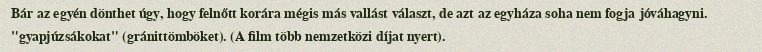
Bár az egyén dönthet úgy, hogy felnőtt korára mégis más vallást választ, de azt az egyháza soha nem fogja jóváhagyni. "gyapjúzsákokat" (gránittömböket). (A film több nemzetközi díjat nyert).